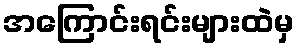
အကြောင်းရင်းများထဲမှ